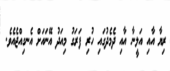
ރިޔާ އާއި އަލީނާ އާއި ދެމެދުގައި ހުރި ފަރަގު މިއަދު އޭނައަށް އެނގިއްޖެއެވެ.